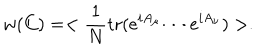
LaTeX: w ( C ) = < \frac { 1 } { N } \mathrm { t r } ( e ^ { i A _ { \mu } } \cdots e ^ { i A _ { \nu } } ) > .